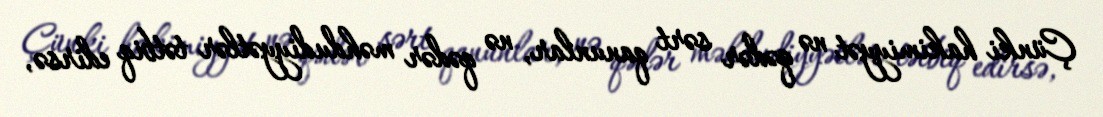
Çünki hakimiyyət nə qədər sərt qanunlar, nə qədər məhdudiyyətlər tətbiq edirsə,